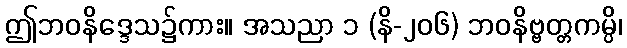
ဤဘဝနိဒ္ဒေသ၌ကား။ အသညာ ၁ (နိ-၂၀၆) ဘဝနိဗ္ဗတ္တကမ္ပိ၊